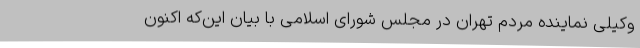
وکیلی نماینده مردم تهران در مجلس شورای اسلامی با بیان این‌که اکنون